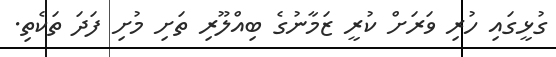
ގުޅީގައި ހުރި ވަރަށް ކުރީ ޒަމާނުގެ ބިއްލޫރި ތަށި މުށި ފަދަ ތަކެތި.